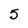
Character: 5